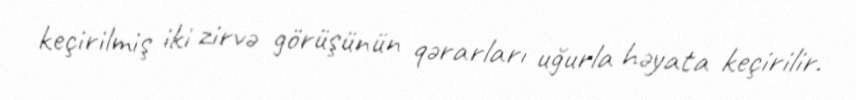
keçirilmiş iki zirvə görüşünün qərarları uğurla həyata keçirilir.